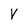
Character: V